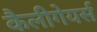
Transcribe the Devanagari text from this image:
कैलीगेयर्स